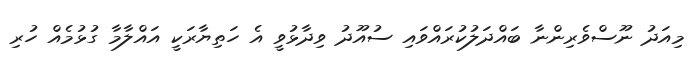
މިއަދު ނޫސްވެރިންނާ ބައްދަލުކުރައްވައި ސުއޫދު ވިދާޅުވީ އެ ހަތިޔާރަކީ އައްލާމާ ގުޅުމެއް ހުރި